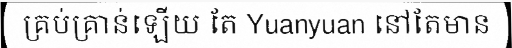
គ្រប់គ្រាន់ឡើយ តែ Yuanyuan នៅតែមាន